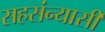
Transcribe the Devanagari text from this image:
सहसंन्यासी